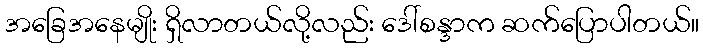
အခြေအနေမျိုး ရှိလာတယ်လို့လည်း ဒေါ်စန္ဒာက ဆက်ပြောပါတယ်။